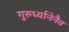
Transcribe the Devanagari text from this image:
गुरुर्ध्यानेनैव